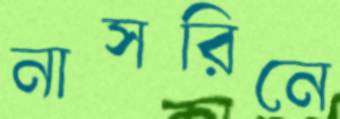
নাসরিনে